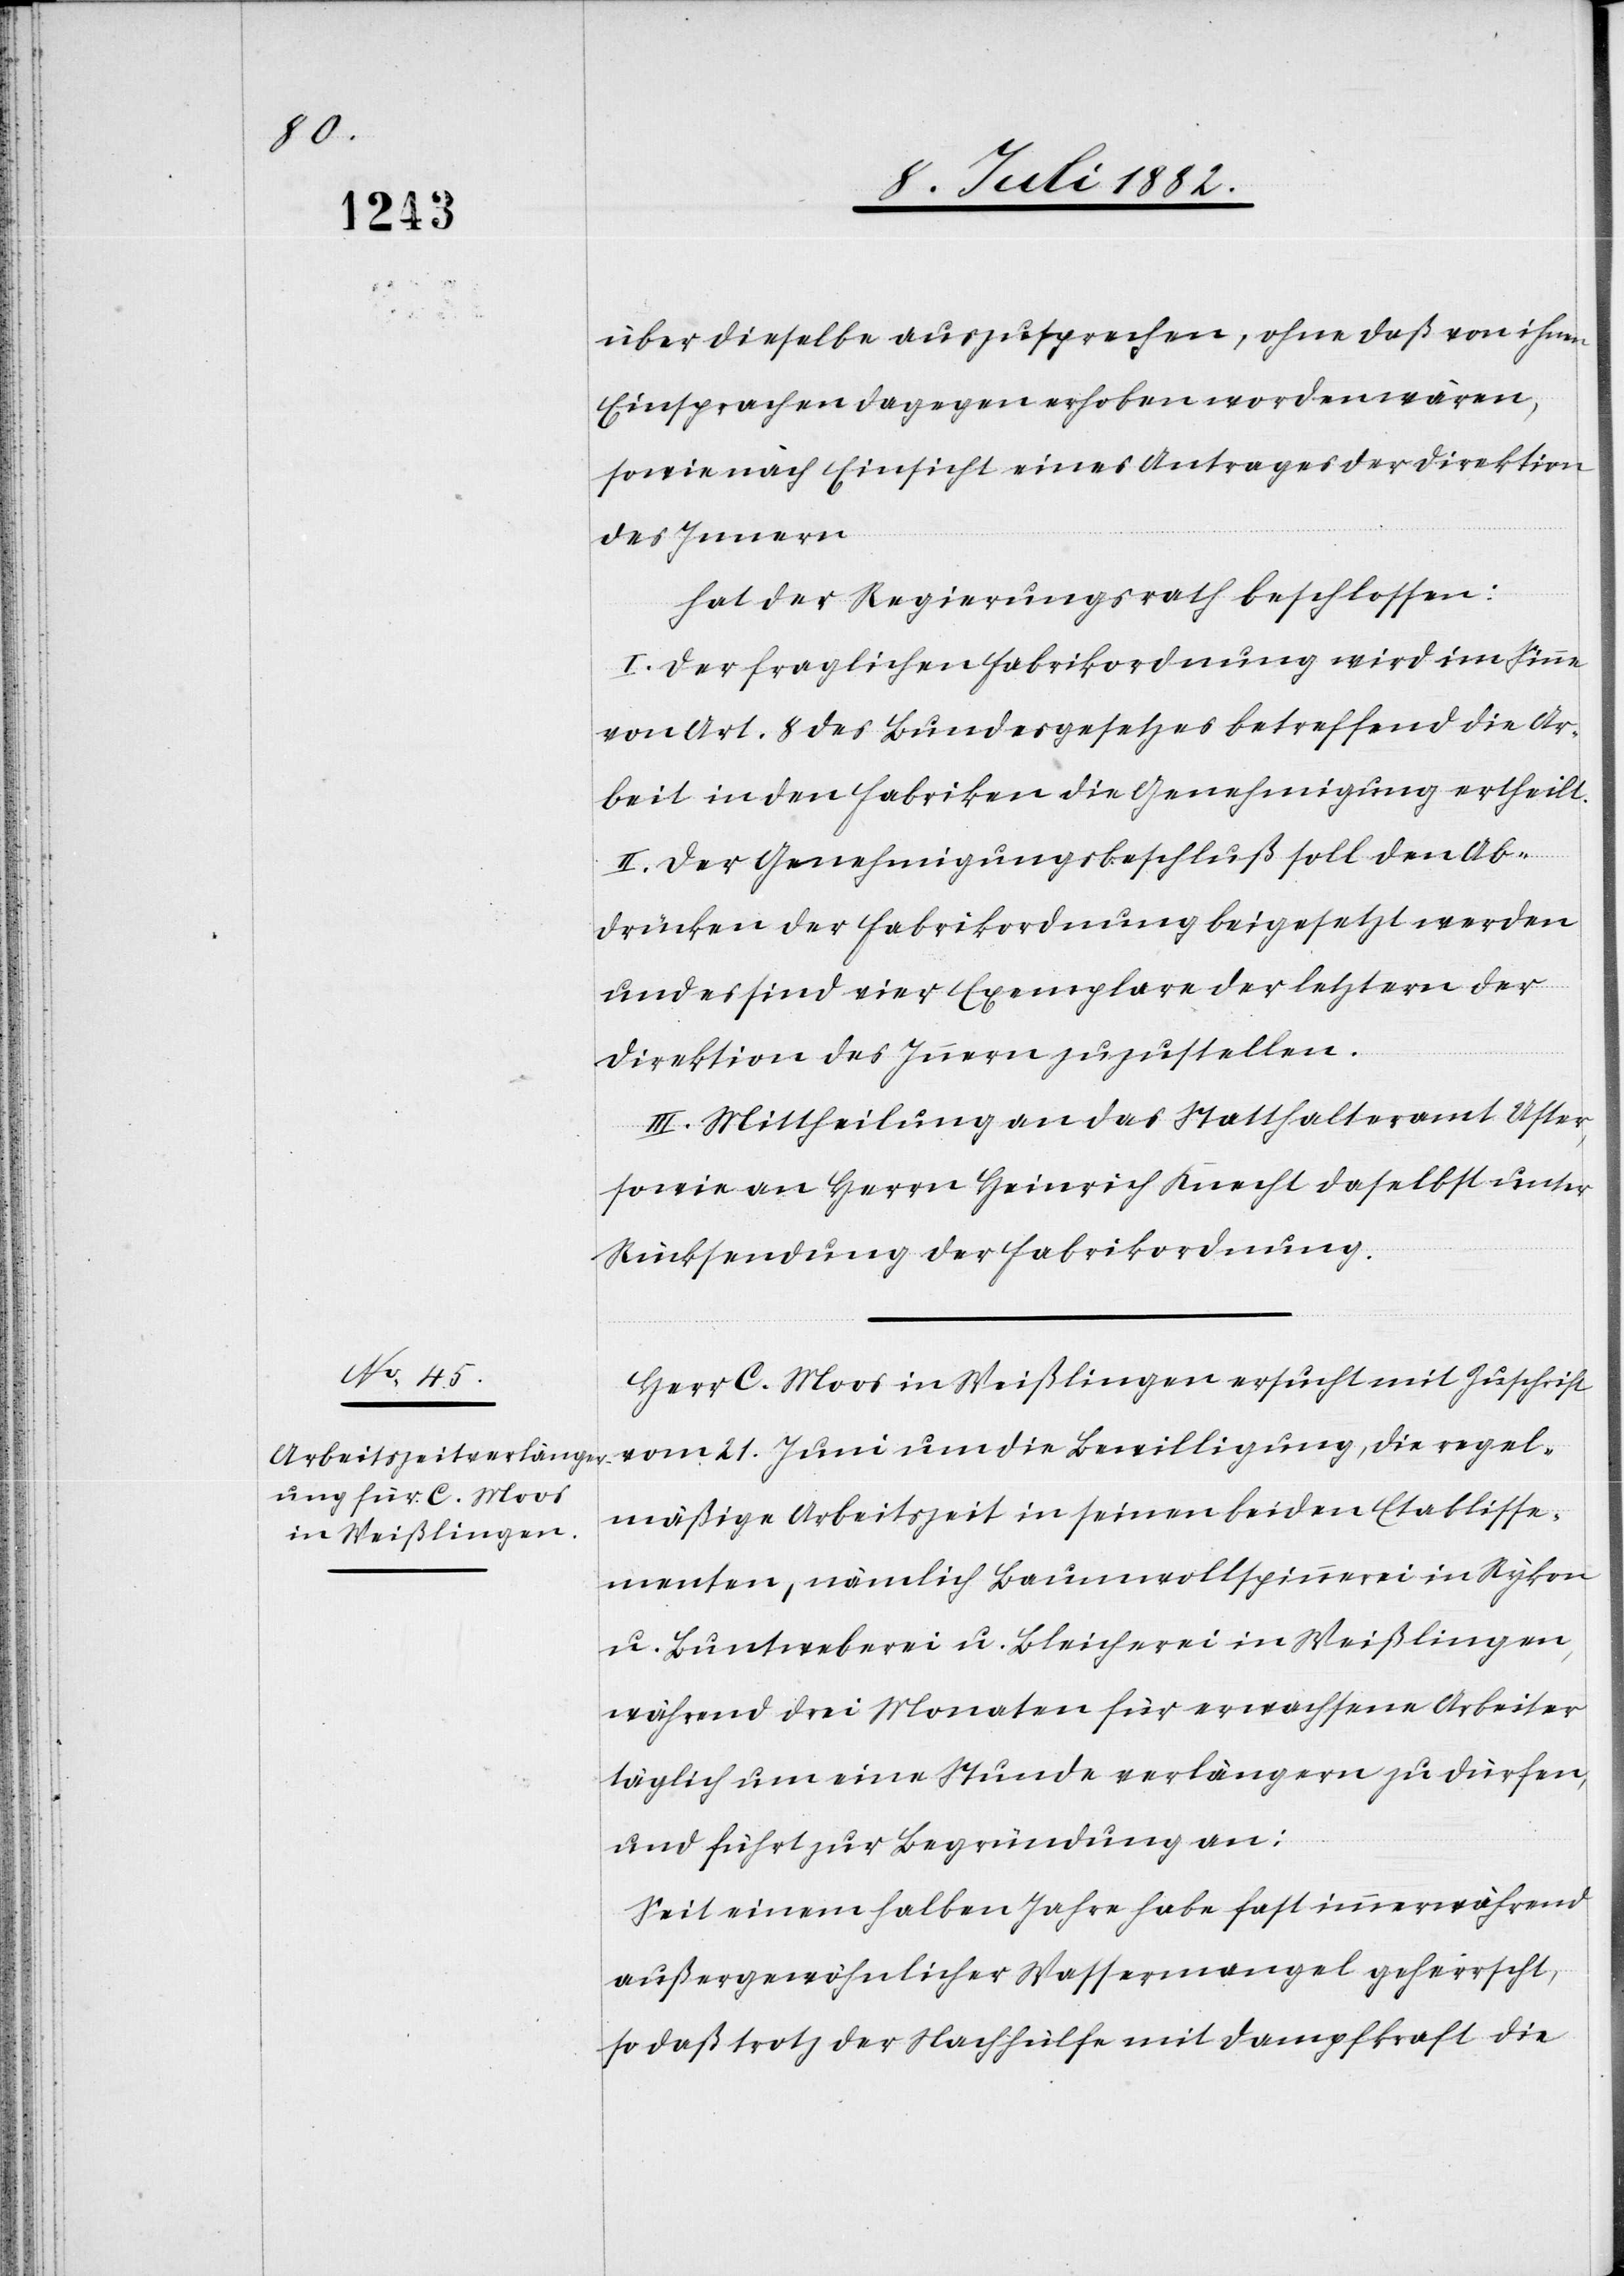
über dieselbe auszusprechen, ohne daß von ihnen
Einsprachen dagegen erhoben worden wären,
sowie nach Einsicht eines Antrages der Direktion
des Innern
hat der Regierungsrath beschlossen:
I. Der fraglichen Fabrikordnung wird im Sinne
von Art. 8 des Bundesgesetzes betreffend die Ar¬
beit in den Fabriken die Genehmigung ertheilt.
II. Der Genehmigungsbeschluß soll den Ab¬
drücken der Fabrikordnung beigesetzt werden
und es sind vier Exemplare der letztern der
Direktion des Innern zuzustellen.
III. Mittheilung an das Statthalteramt Uster,
sowie an Herrn Heinrich Knecht daselbst unter
Rücksendung der Fabrikordnung.
Herr C. Moos in Weißlingen ersucht mit Zuschrift
vom 21. Juni um die Bewilligung, die regel¬
mäßige Arbeitszeit in seinen beiden Etablisse¬
menten, nämlich Baumwollspinnerei in Rykon
u. Buntweberei u. Bleicherei in Weißlingen,
während drei Monaten für erwachsene Arbeiter
täglich um eine Stunde verlängern zu dürfen,
und führt zur Begründung an:
Seit einem halben Jahr habe fast immerwährend
außergewöhnlicher Wassermangel geherrscht,
so daß trotz der Nachhülfe mit Dampfkraft die